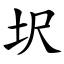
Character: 㘮